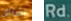
اشتاق Rd